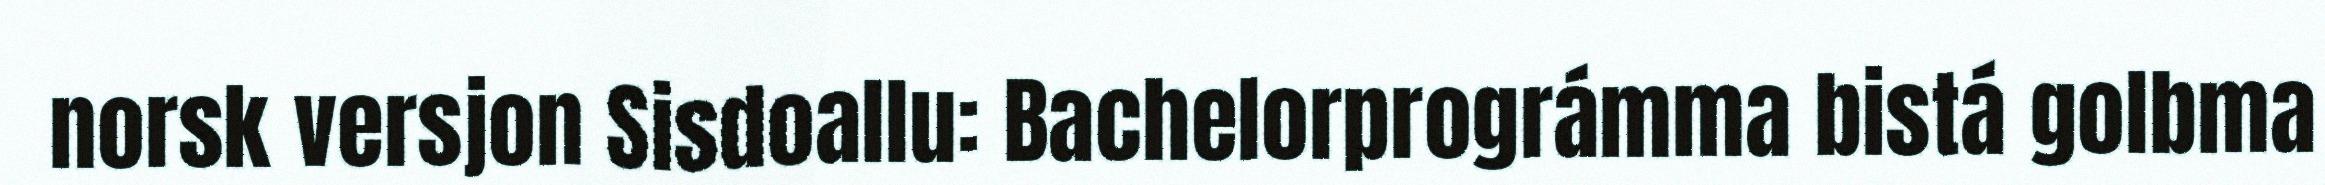
norsk versjon Sisdoallu: Bachelorprográmma bistá golbma